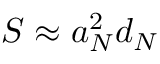
S \approx a _ { N } ^ { 2 } d _ { N }